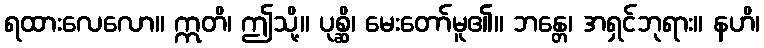
ရထားလေလော။ ဣတိ၊ ဤသို့။ ပုစ္ဆိ၊ မေးတော်မူ၏။ ဘန္တေ၊ အရှင်ဘုရား။ နဟိ၊